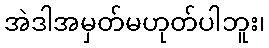
အဲဒါအမှတ်မဟုတ်ပါဘူး၊